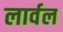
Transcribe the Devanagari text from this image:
लार्वल